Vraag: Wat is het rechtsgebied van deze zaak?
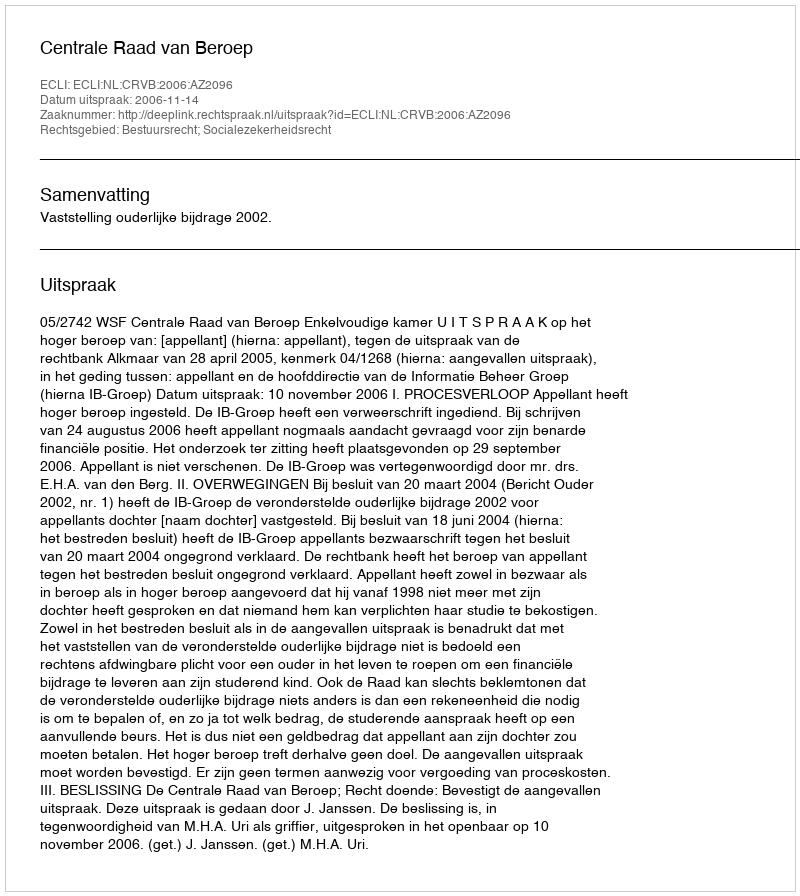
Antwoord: Bestuursrecht; Socialezekerheidsrecht